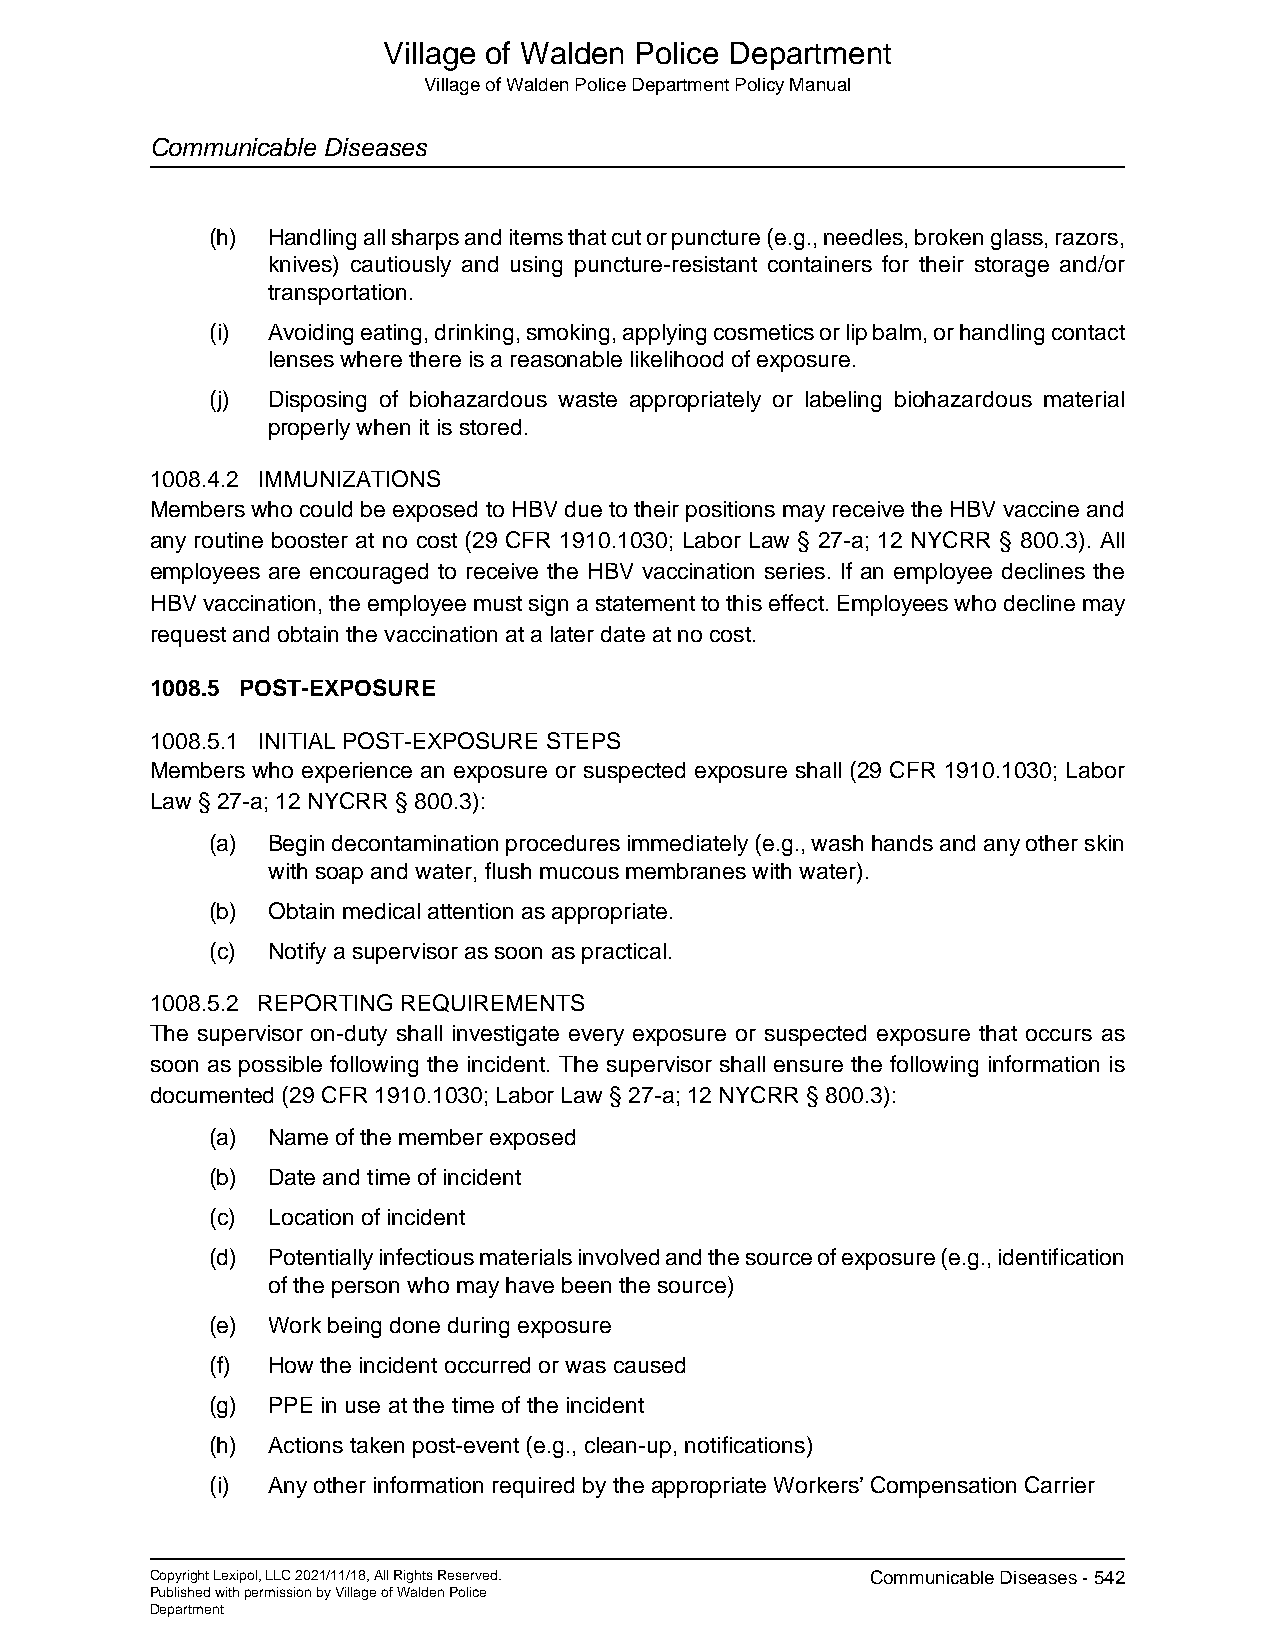
Village of Walden Police Department
 Village of Walden Police Department Policy Manual
 Communicable Diseases
 (h) Handling all sharps and items that cut or puncture (e.g., needles, broken glass, razors,
 knives) cautiously and using puncture-resistant containers for their storage and/or
 transportation.
 (i) Avoiding eating, drinking, smoking, applying cosmetics or lip balm, or handling contact
 lenses where there is a reasonable likelihood of exposure.
 (j) Disposing of biohazardous waste appropriately or labeling biohazardous material
 properly when it is stored.
 1008.4.2 IMMUNIZATIONS
 Members who could be exposed to HBV due to their positions may receive the HBV vaccine and
 any routine booster at no cost (29 CFR 1910.1030; Labor Law § 27-a; 12 NYCRR § 800.3). All
 employees are encouraged to receive the HBV vaccination series. If an employee declines the
 HBV vaccination, the employee must sign a statement to this effect. Employees who decline may
 request and obtain the vaccination at a later date at no cost.
 1008.5 POST-EXPOSURE
 1008.5.1 INITIAL POST-EXPOSURE STEPS
 Members who experience an exposure or suspected exposure shall (29 CFR 1910.1030; Labor
 Law § 27-a; 12 NYCRR § 800.3):
 (a) Begin decontamination procedures immediately (e.g., wash hands and any other skin
 with soap and water, flush mucous membranes with water).
 (b) Obtain medical attention as appropriate.
 (c) Notify a supervisor as soon as practical.
 1008.5.2 REPORTING REQUIREMENTS
 The supervisor on-duty shall investigate every exposure or suspected exposure that occurs as
 soon as possible following the incident. The supervisor shall ensure the following information is
 documented (29 CFR 1910.1030; Labor Law § 27-a; 12 NYCRR § 800.3):
 (a) Name of the member exposed
 (b) Date and time of incident
 (c) Location of incident
 (d) Potentially infectious materials involved and the source of exposure (e.g., identification
 of the person who may have been the source)
 (e) Work being done during exposure
 (f) How the incident occurred or was caused
 (g) PPE in use at the time of the incident
 (h) Actions taken post-event (e.g., clean-up, notifications)
 (i) Any other information required by the appropriate Workers’ Compensation Carrier
 Copyright Lexipol, LLC 2021/11/18, All Rights Reserved. Communicable Diseases - 542
 Published with permission by Village of Walden Police
 Department